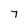
Character: 7